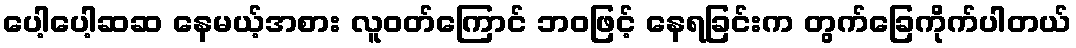
ပေါ့ပေါ့ဆဆ နေမယ့်အစား လူဝတ်ကြောင် ဘဝဖြင့် နေရခြင်းက တွက်ခြေကိုက်ပါတယ်